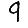
Digit: 9